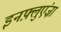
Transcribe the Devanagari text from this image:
इनफ़्लुएंज़ा